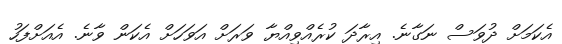
އެކަމަށް ދުވަސް ނަގާނެ. އިރާދަ ކުރެއްވިއްޔާ ވަރަށް އަވަހަށް އެކަން ވާނެ. އެއަށްފަހު